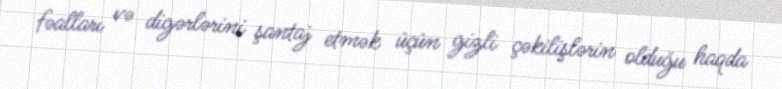
fəalları və digərlərini şantaj etmək üçün gizli çəkilişlərin olduğu haqda